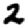
Digit: 2